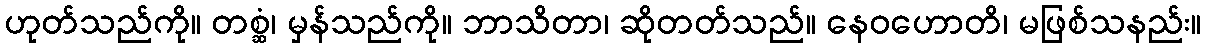
ဟုတ်သည်ကို။ တစ္ဆံ၊ မှန်သည်ကို။ ဘာသိတာ၊ ဆိုတတ်သည်။ နေဝဟောတိ၊ မဖြစ်သနည်း။